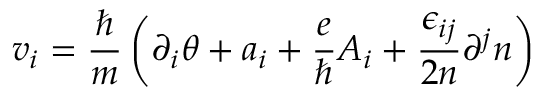
v _ { i } = \frac { \hbar } { m } \left( \partial _ { i } \theta + a _ { i } + \frac { e } { \hbar } A _ { i } + \frac { \epsilon _ { i j } } { 2 n } \partial ^ { j } n \right)